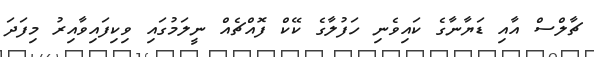
ޗާލްސް އާއި ޑަޔާނާގެ ކައިވެނި ހަފުލާގެ ކޭކް ފޮއްޗެއް ނީލަމުގައި ވިކިފައިވާއިރު މިފަދަ